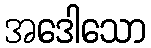
အဒေါသော